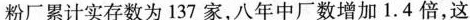
粉厂累计实存数为137家，八年中厂数增加1.4倍，这